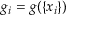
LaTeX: g _ { i } = g ( \left\lbrace x _ { i } \right\rbrace )